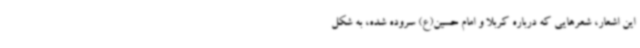
این اشعار، شعرهایی که درباره کربلا و امام حسین(ع) سروده شده‌، به شکل